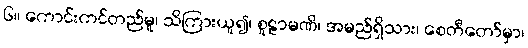
၆။ ကောင်းကင်တည်မူ၊ သိကြားယူ၍၊ စူဠာမဏိ၊ အမည်ရှိသား၊ စေတီတော်မှာ၊